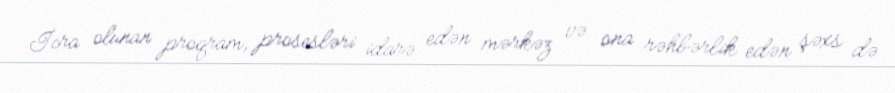
İcra olunan proqram, prosesləri idarə edən mərkəz və ona rəhbərlik edən şəxs də